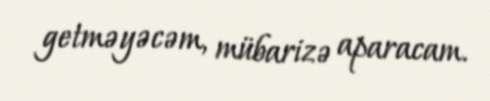
getməyəcəm, mübarizə aparacam.